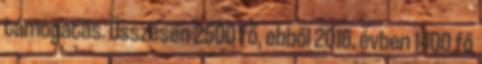
támogatás. Összesen 2500 fő, ebből 2016. évben 1400 fő